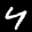
Label: 4